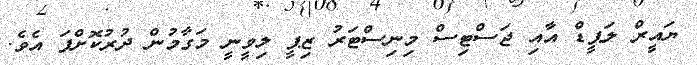
ޔައީރް ލަޕީޑް އާއި ޖަސްޓިސް މިނިސްޓަރު ޒިޕީ ލިވީނީ މަގާމުން ދުރުކޮށްފަ އެވެ.